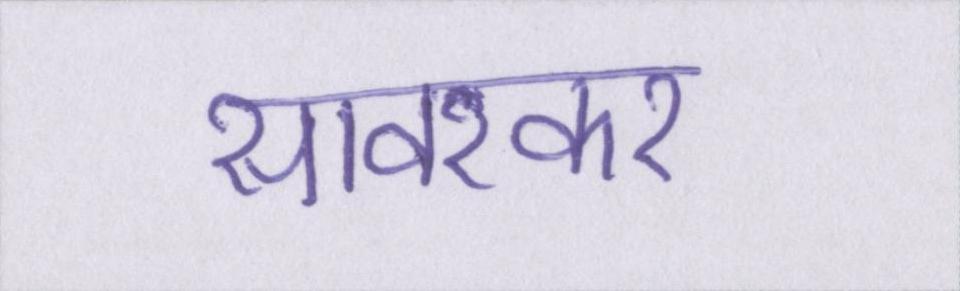
सावरकर